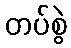
တပ်စွဲ